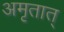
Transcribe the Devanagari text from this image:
अमृतात्‌